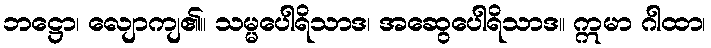
ဘဋ္ဌော၊ လျောကျ၏။ သမ္မပေါရိသာဒ၊ အဆွေပေါရိသာဒ။ ဣမာ ဂါထာ၊